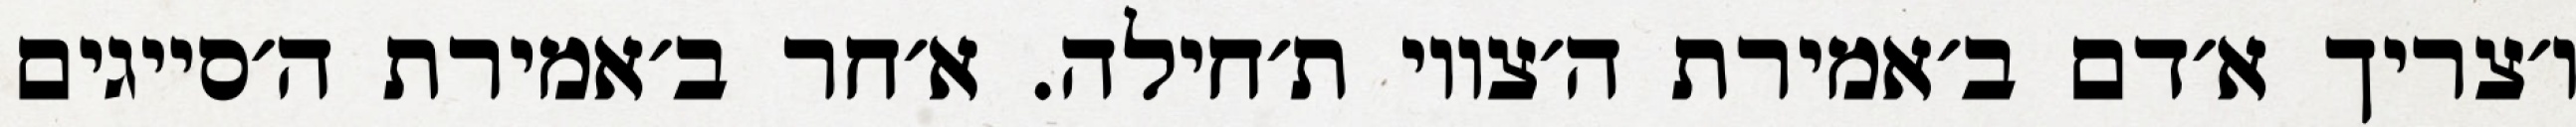
ו׳צריך א׳דם ב׳אמירת ה׳צווי ת׳חילה. א׳חר ב׳אמירת ה׳סייגים